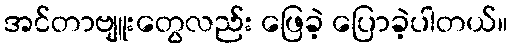
အင်တာဗျူးတွေလည်း ဖြေခဲ့ ပြောခဲ့ပါတယ်။